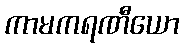
ကာမကရဏီယော